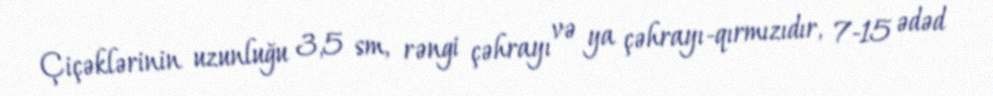
Çiçəklərinin uzunluğu 3,5 sm, rəngi çəhrayı və ya çəhrayı-qırmızıdır, 7-15 ədəd